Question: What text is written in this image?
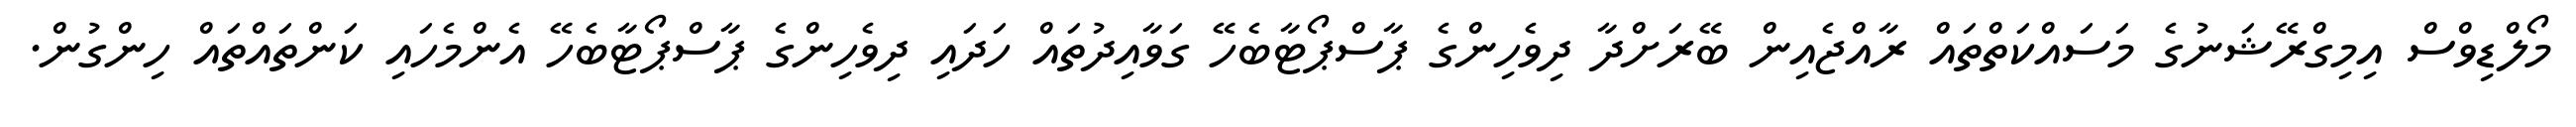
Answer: މޯލްޑިވްސް އިމިގްރޭޝަނުގެ މަސައްކަތްތައް ރާއްޖެއިން ބޭރަށްދާ ދިވެހިންގެ ޕާސްޕޯޓާބެހޭ ގަވާއިދުތައް ހަދައި ދިވެހިންގެ ޕާސްޕޯޓާބެހޭ އެންމެހައި ކަންތައްތައް ހިންގުން.